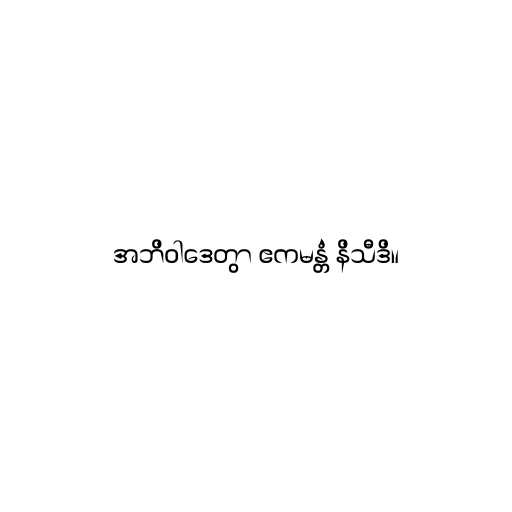
အဘိဝါဒေတွာ ဧကမန္တံ နိသီဒိ။